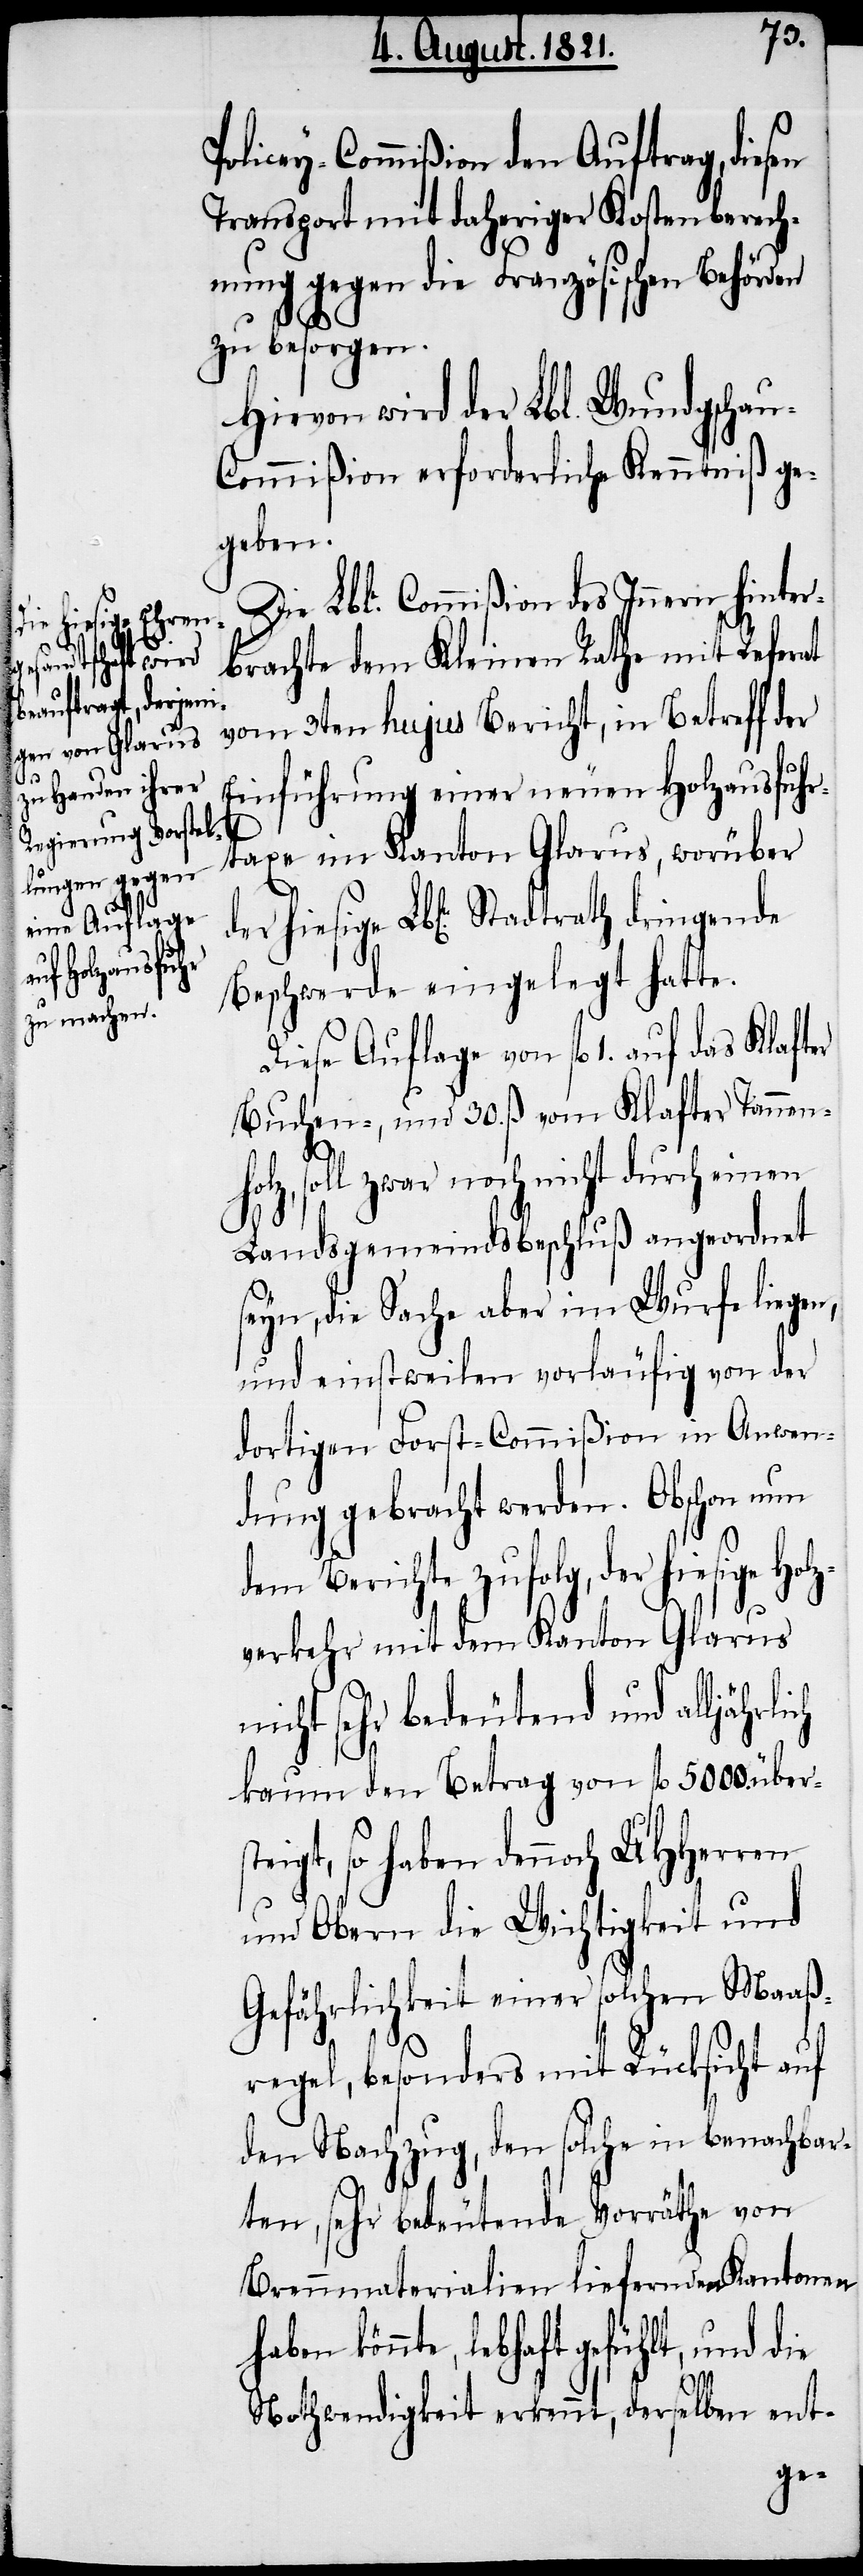
Policey-Commißion den Auftrag, diesen
Transport mit daheriger Kostenberech¬
nung gegen die Französischen Behörden
zu besorgen.
Hievon wird der Lbl. Wundschau-C¬
ommißion erforderliche Kenntniß ge¬
geben.
Die Lble. Commißion des Innern hinter¬
brachte dem Kleinen Rathe mit Referat
Stadtrath dringende
vom 3ten hujus Bericht, in Betreff der
st¬
Einführung einer neuen Holzausfuhr¬
taxe im Kanton Glarus, worüber
hiesige
Beschwerde eingelegt hatte.
Dies Auflage von fl. 1. auf das Klafter
Buchen- und 30. ß vom Klafter Tannen¬
holz, soll zwar noch nicht durch einen
Landsgemeindsbeschluß angeordnet
eyn, die Sache aber im Wurfe liegen,
und einstweilen vorläufig von der
dortigen Forst-Commißion in Anwen¬
dung gebracht werden. Obschon nun
dem Berichte zufolg, der hiesige
verkehr mit dem Kanton Glarus
nicht sehr bedeutend und alljährli¬
kaum den Betrag von fl. 5000. über¬
eigt, so haben dennoch UHHerren
und Obern die Wichtigkeit und
Gefährlichkeit einer solchen Maaß¬
regel, besonders mit Rücksicht auf
den Nachzug, den solche in benachbar¬
ten, sehr bedeutende Vorräthe von
Brennmaterialien liefernden Kantonen
könnte, lebhaft gefühlt, und die
Nothwendigkeit erkennt, derselben ent-